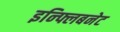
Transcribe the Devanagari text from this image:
इन्फ्लिबनेट